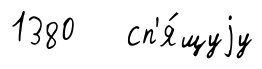
1380 сп'я́щуjу